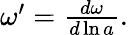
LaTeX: \begin{array}{r}{\omega^{\prime}=\frac{d\omega}{d\ln a}.}\end{array}